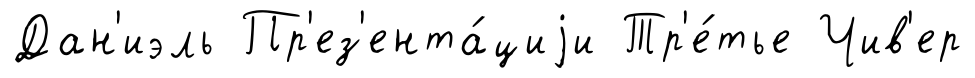
Дан'иэль Пр'ез'ента́циjи Тр'е́тье Чив'ер